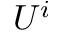
U ^ { i }